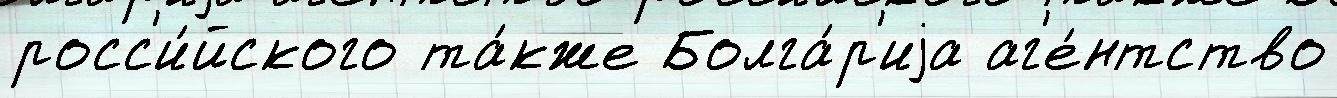
росс'и́йского та́кже Болга́р'иjа аг'е́нтство